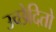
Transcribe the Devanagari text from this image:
उच्छेदितो